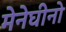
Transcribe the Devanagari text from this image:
मेनेघीनो